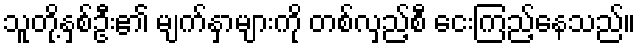
သူတို့နှစ်ဦး၏ မျက်နှာများကို တစ်လှည့်စီ ငေးကြည့်နေသည်။